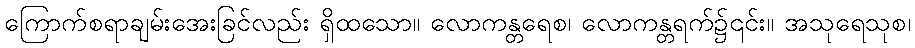
ကြောက်စရာချမ်းအေးခြင်လည်း ရှိထသော။ လောကန္တရေစ၊ လောကန္တရက်၌၎င်း။ အသုရေသုစ၊